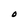
Character: O